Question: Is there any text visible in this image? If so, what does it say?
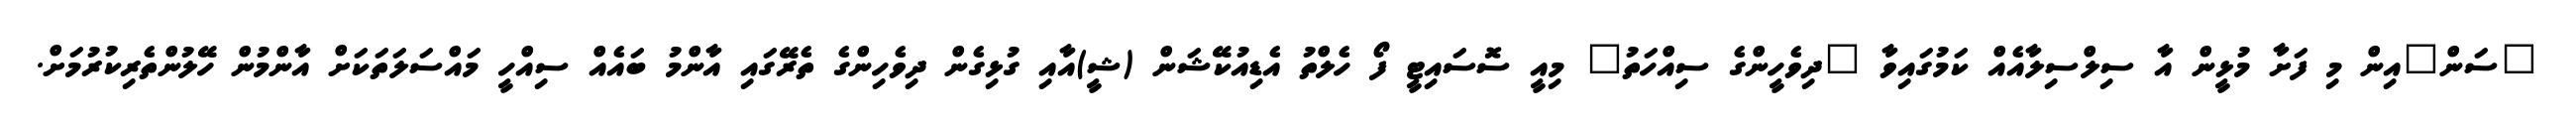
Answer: "ސަން"އިން މި ފަށާ މުޅީން އާ ސިލްސިލާއެއް ކަމުގައިވާ "ދިވެހީންގެ ސިއްހަތު" މިއީ ސޮސައިޓީ ފޯ ހެލްތު އެޑިއުކޭޝަން (ޝީ)އާއި ގުޅިގެން ދިވެހިންގެ ތެރޭގައި އާންމު ބައެއް ސިއްހީ މައްސަލަތަކަށް އާންމުން ހޭލުންތެރިކުރުމަށް.